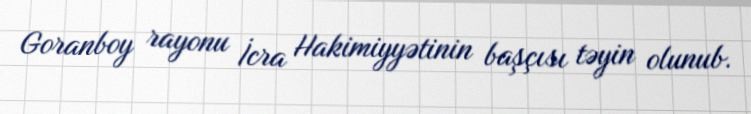
Goranboy rayonu İcra Hakimiyyətinin başçısı təyin olunub.